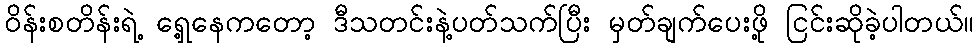
ဝိန်းစတိန်းရဲ့ ရှေ့နေကတော့ ဒီသတင်းနဲ့ပတ်သက်ပြီး မှတ်ချက်ပေးဖို့ ငြင်းဆိုခဲ့ပါတယ်။